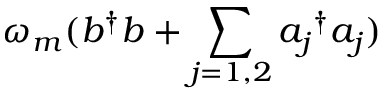
\omega _ { m } ( b ^ { \dagger } b + \sum _ { j = 1 , 2 } { a _ { j } } ^ { \dagger } a _ { j } )